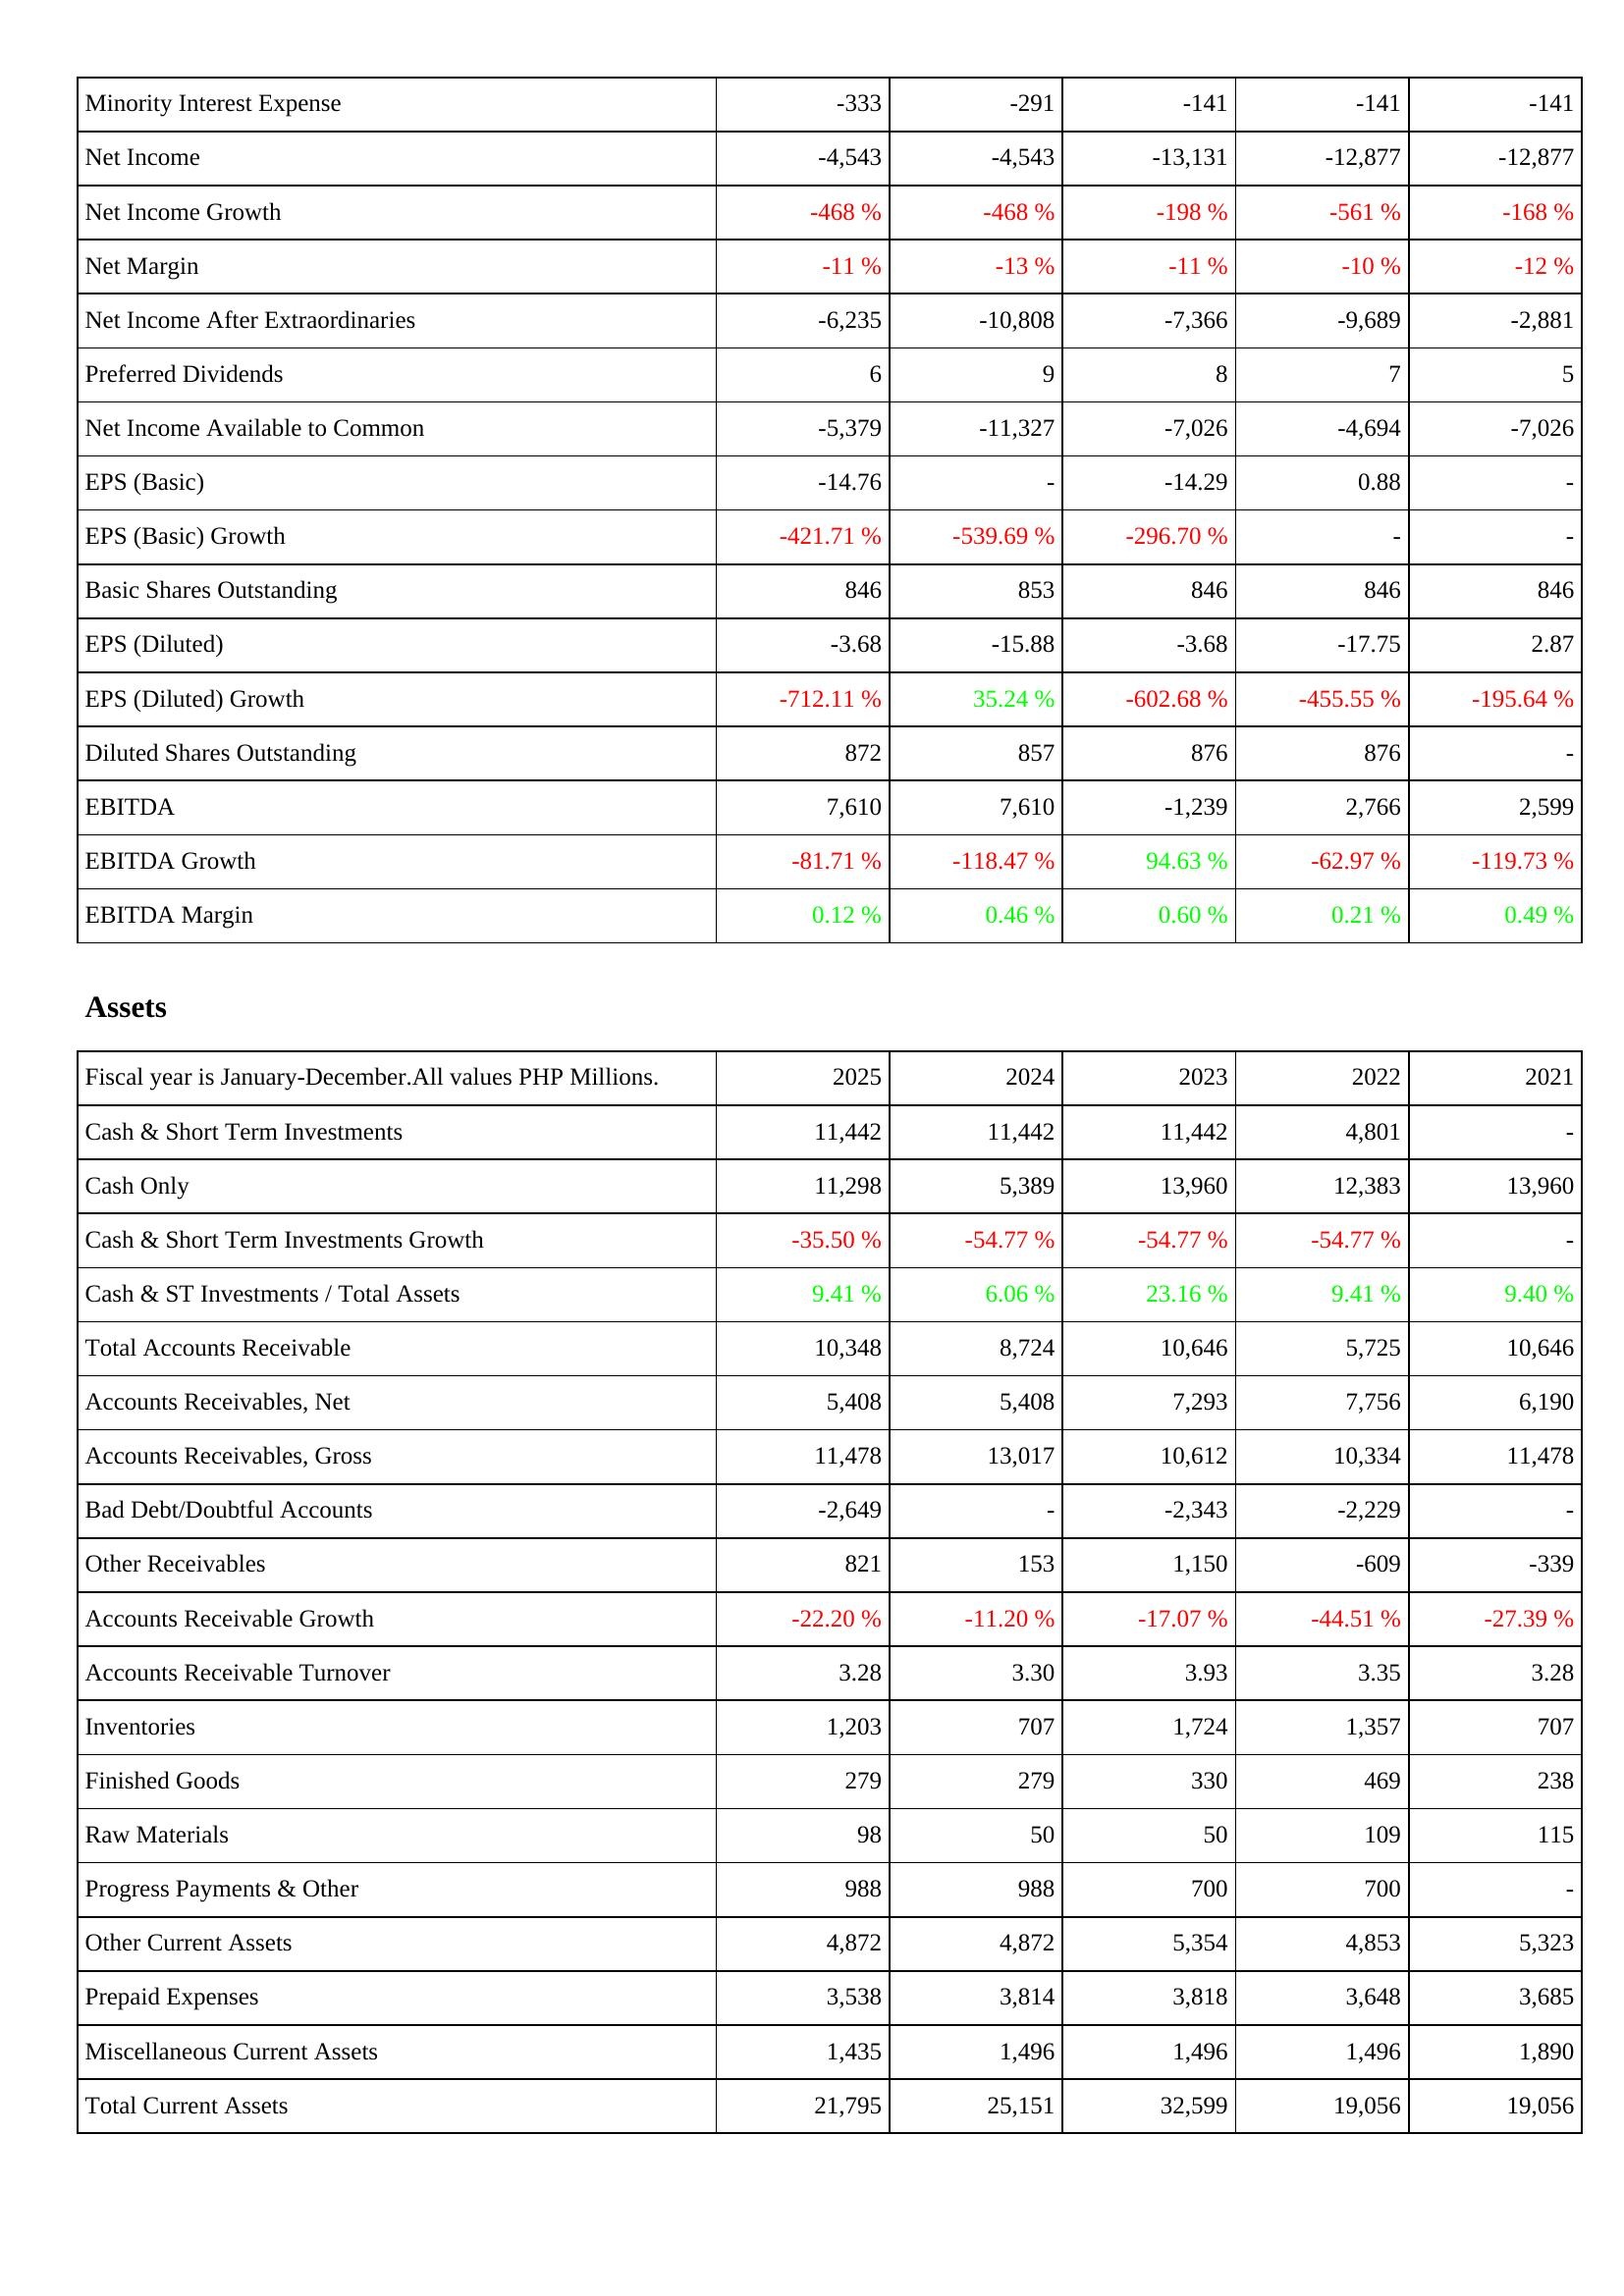
2025: Income Statement: Minority Interest Expense: -333
Net Income: -4,543
Net Income Growth: -468 %
Net Margin: -11 %
Net Income After Extraordinaries: -6,235
Preferred Dividends: 6
Net Income Available to Common: -5,379
EPS (Basic): -14.76
EPS (Basic) Growth: -421.71 %
Basic Shares Outstanding: 846
EPS (Diluted): -3.68
EPS (Diluted) Growth: -712.11 %
Diluted Shares Outstanding: 872
EBITDA: 7,610
EBITDA Growth: -81.71 %
EBITDA Margin: 0.12 %
Assets: Cash & Short Term Investments: 11,442
Cash Only: 11,298
Cash & Short Term Investments Growth: -35.50 %
Cash & ST Investments / Total Assets: 9.41 %
Total Accounts Receivable: 10,348
Accounts Receivables, Net: 5,408
Accounts Receivables, Gross: 11,478
Bad Debt/Doubtful Accounts: -2,649
Other Receivables: 821
Accounts Receivable Growth: -22.20 %
Accounts Receivable Turnover: 3.28
Inventories: 1,203
Finished Goods: 279
Raw Materials: 98
Progress Payments & Other: 988
Other Current Assets: 4,872
Prepaid Expenses: 3,538
Miscellaneous Current Assets: 1,435
Total Current Assets: 21,795
2024: Income Statement: Minority Interest Expense: -291
Net Income: -4,543
Net Income Growth: -468 %
Net Margin: -13 %
Net Income After Extraordinaries: -10,808
Preferred Dividends: 9
Net Income Available to Common: -11,327
EPS (Basic): -
EPS (Basic) Growth: -539.69 %
Basic Shares Outstanding: 853
EPS (Diluted): -15.88
EPS (Diluted) Growth: 35.24 %
Diluted Shares Outstanding: 857
EBITDA: 7,610
EBITDA Growth: -118.47 %
EBITDA Margin: 0.46 %
Assets: Cash & Short Term Investments: 11,442
Cash Only: 5,389
Cash & Short Term Investments Growth: -54.77 %
Cash & ST Investments / Total Assets: 6.06 %
Total Accounts Receivable: 8,724
Accounts Receivables, Net: 5,408
Accounts Receivables, Gross: 13,017
Bad Debt/Doubtful Accounts: -
Other Receivables: 153
Accounts Receivable Growth: -11.20 %
Accounts Receivable Turnover: 3.30
Inventories: 707
Finished Goods: 279
Raw Materials: 50
Progress Payments & Other: 988
Other Current Assets: 4,872
Prepaid Expenses: 3,814
Miscellaneous Current Assets: 1,496
Total Current Assets: 25,151
2023: Income Statement: Minority Interest Expense: -141
Net Income: -13,131
Net Income Growth: -198 %
Net Margin: -11 %
Net Income After Extraordinaries: -7,366
Preferred Dividends: 8
Net Income Available to Common: -7,026
EPS (Basic): -14.29
EPS (Basic) Growth: -296.70 %
Basic Shares Outstanding: 846
EPS (Diluted): -3.68
EPS (Diluted) Growth: -602.68 %
Diluted Shares Outstanding: 876
EBITDA: -1,239
EBITDA Growth: 94.63 %
EBITDA Margin: 0.60 %
Assets: Cash & Short Term Investments: 11,442
Cash Only: 13,960
Cash & Short Term Investments Growth: -54.77 %
Cash & ST Investments / Total Assets: 23.16 %
Total Accounts Receivable: 10,646
Accounts Receivables, Net: 7,293
Accounts Receivables, Gross: 10,612
Bad Debt/Doubtful Accounts: -2,343
Other Receivables: 1,150
Accounts Receivable Growth: -17.07 %
Accounts Receivable Turnover: 3.93
Inventories: 1,724
Finished Goods: 330
Raw Materials: 50
Progress Payments & Other: 700
Other Current Assets: 5,354
Prepaid Expenses: 3,818
Miscellaneous Current Assets: 1,496
Total Current Assets: 32,599
2022: Income Statement: Minority Interest Expense: -141
Net Income: -12,877
Net Income Growth: -561 %
Net Margin: -10 %
Net Income After Extraordinaries: -9,689
Preferred Dividends: 7
Net Income Available to Common: -4,694
EPS (Basic): 0.88
EPS (Basic) Growth: -
Basic Shares Outstanding: 846
EPS (Diluted): -17.75
EPS (Diluted) Growth: -455.55 %
Diluted Shares Outstanding: 876
EBITDA: 2,766
EBITDA Growth: -62.97 %
EBITDA Margin: 0.21 %
Assets: Cash & Short Term Investments: 4,801
Cash Only: 12,383
Cash & Short Term Investments Growth: -54.77 %
Cash & ST Investments / Total Assets: 9.41 %
Total Accounts Receivable: 5,725
Accounts Receivables, Net: 7,756
Accounts Receivables, Gross: 10,334
Bad Debt/Doubtful Accounts: -2,229
Other Receivables: -609
Accounts Receivable Growth: -44.51 %
Accounts Receivable Turnover: 3.35
Inventories: 1,357
Finished Goods: 469
Raw Materials: 109
Progress Payments & Other: 700
Other Current Assets: 4,853
Prepaid Expenses: 3,648
Miscellaneous Current Assets: 1,496
Total Current Assets: 19,056
2021: Income Statement: Minority Interest Expense: -141
Net Income: -12,877
Net Income Growth: -168 %
Net Margin: -12 %
Net Income After Extraordinaries: -2,881
Preferred Dividends: 5
Net Income Available to Common: -7,026
EPS (Basic): -
EPS (Basic) Growth: -
Basic Shares Outstanding: 846
EPS (Diluted): 2.87
EPS (Diluted) Growth: -195.64 %
Diluted Shares Outstanding: -
EBITDA: 2,599
EBITDA Growth: -119.73 %
EBITDA Margin: 0.49 %
Assets: Cash & Short Term Investments: -
Cash Only: 13,960
Cash & Short Term Investments Growth: -
Cash & ST Investments / Total Assets: 9.40 %
Total Accounts Receivable: 10,646
Accounts Receivables, Net: 6,190
Accounts Receivables, Gross: 11,478
Bad Debt/Doubtful Accounts: -
Other Receivables: -339
Accounts Receivable Growth: -27.39 %
Accounts Receivable Turnover: 3.28
Inventories: 707
Finished Goods: 238
Raw Materials: 115
Progress Payments & Other: -
Other Current Assets: 5,323
Prepaid Expenses: 3,685
Miscellaneous Current Assets: 1,890
Total Current Assets: 19,056